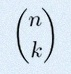
\binom{n}{k}